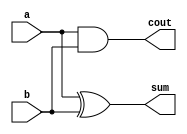
module halfadder(sum,cout,a,b);
  input a,b;
  output cout,sum;

  xor (sum,a,b);
  and(cout,a,b);

  endmodule